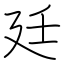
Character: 廷